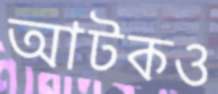
আটকও